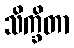
သိက္ခိတာ